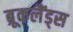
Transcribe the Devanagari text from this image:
ब्रूकलैंड्स